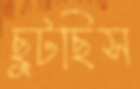
ছুটছিস